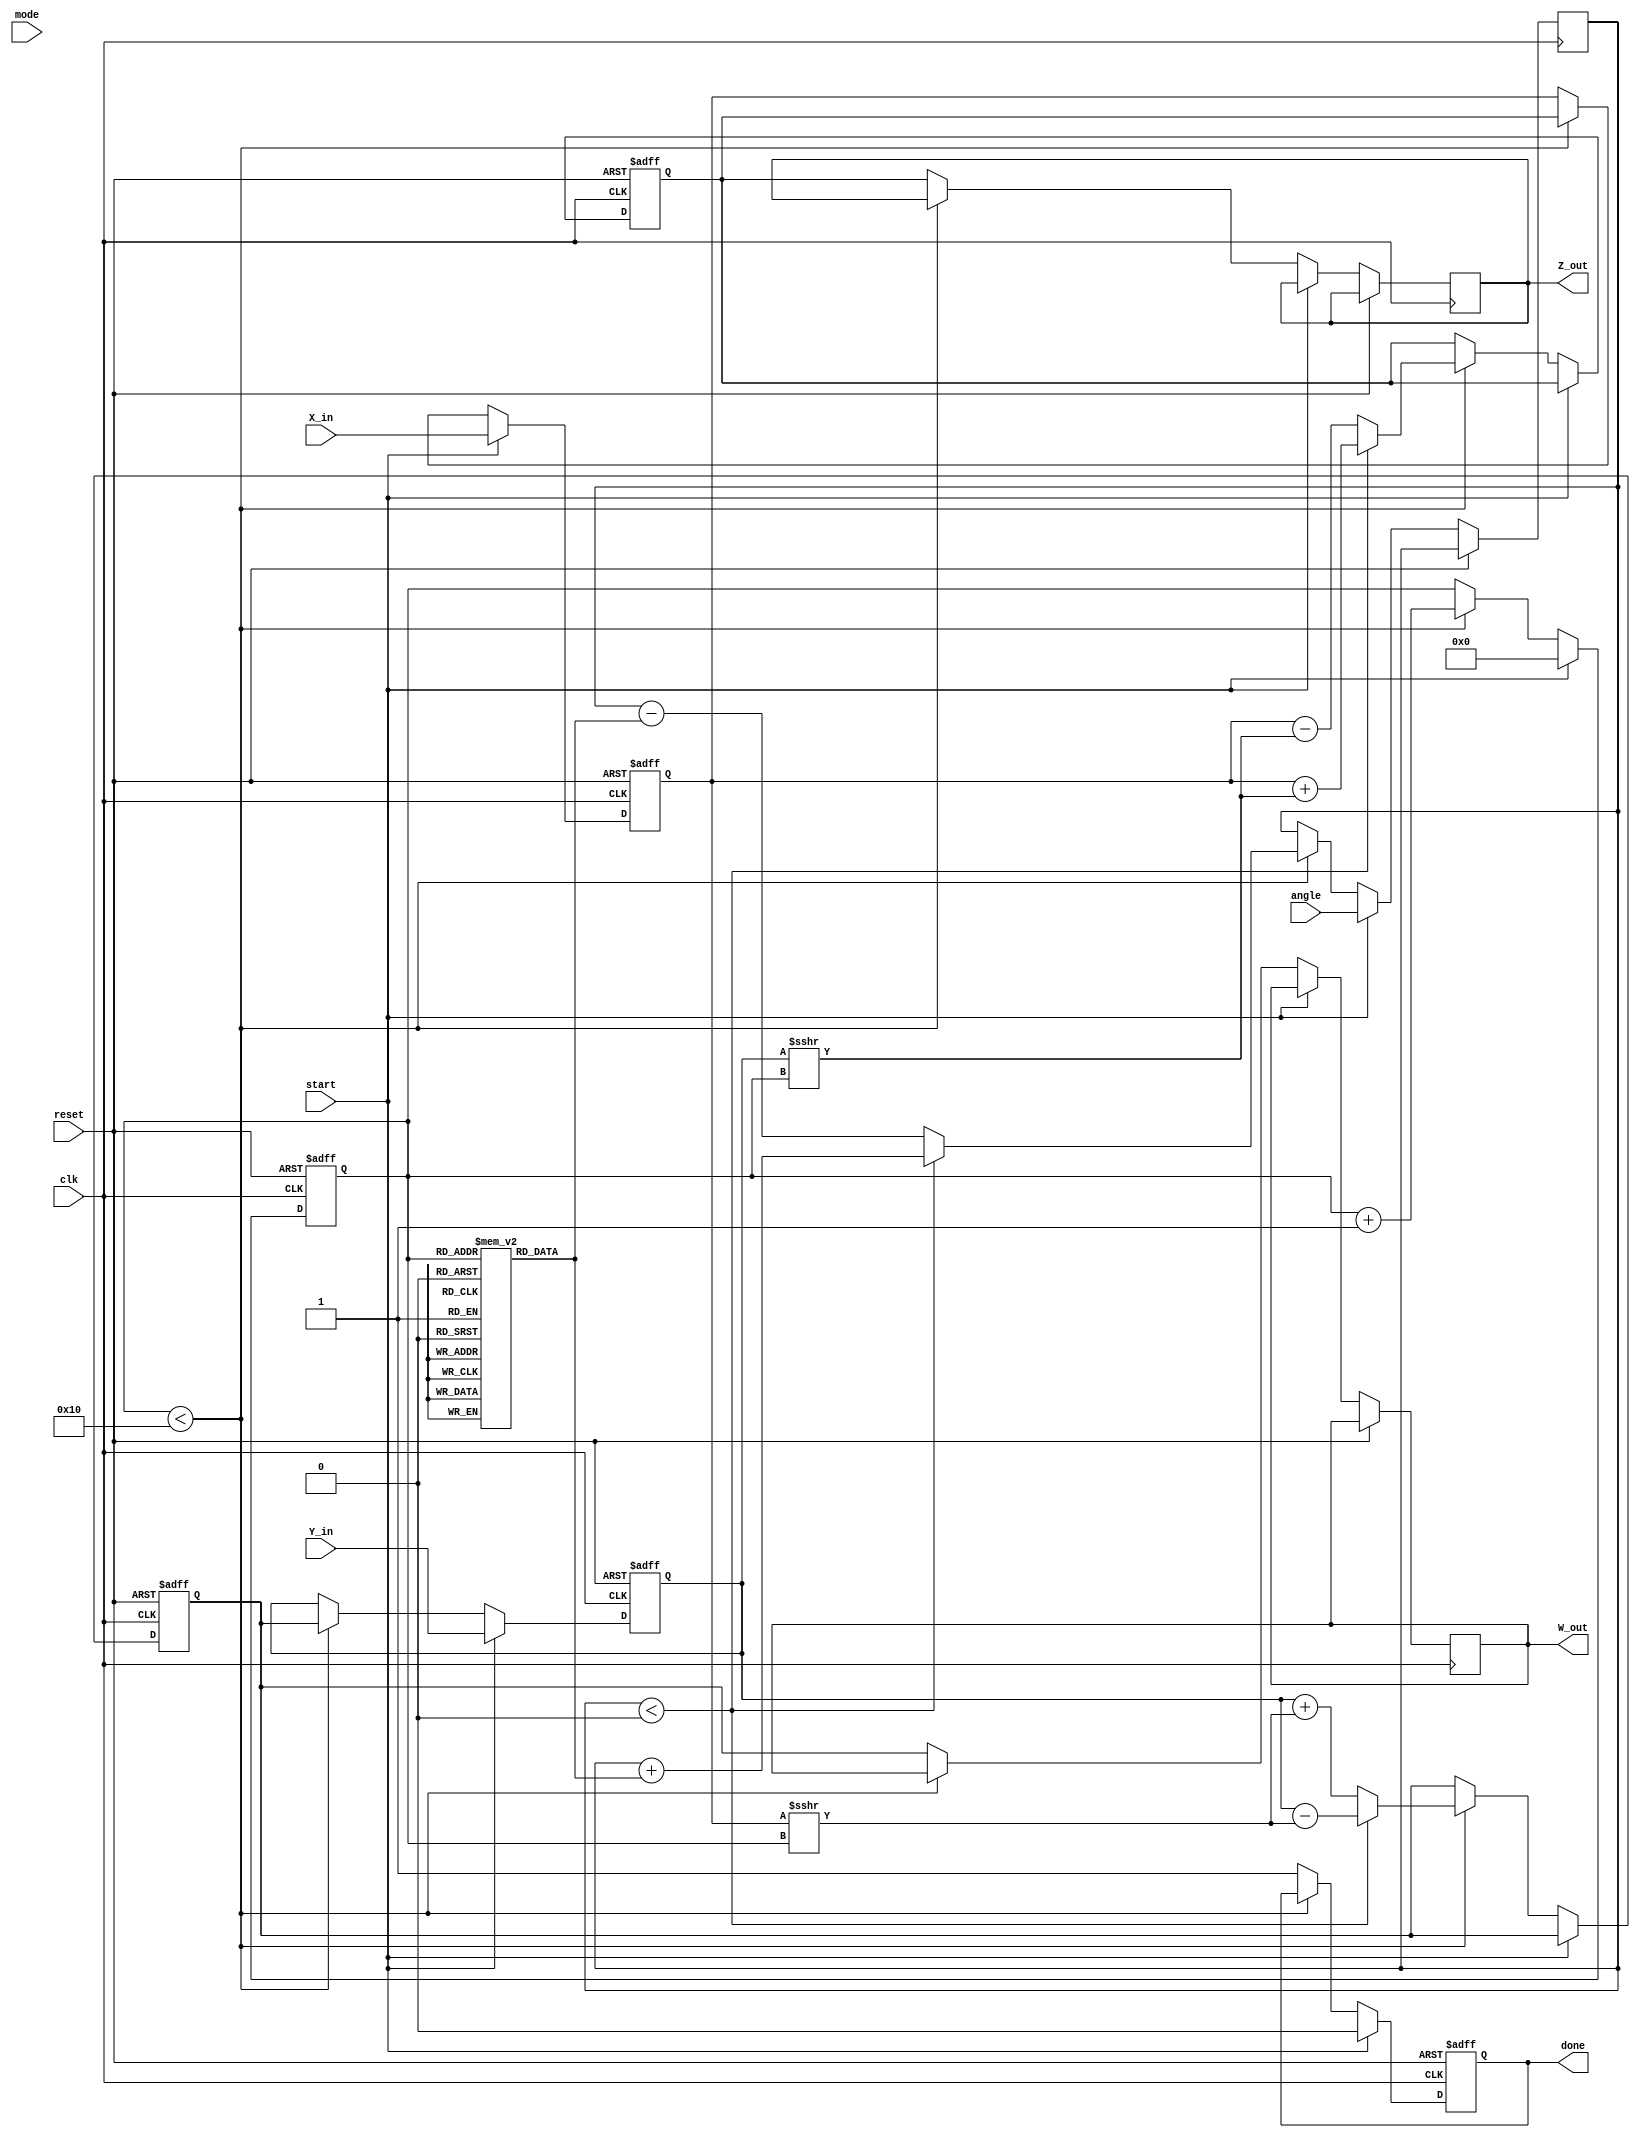
module complex_cordic (
    input wire clk,
    input wire reset,
    input wire start,
    input wire [15:0] X_in,      // Real input
    input wire [15:0] Y_in,      // Imaginary input
    input wire [15:0] angle,      // Angle input for rotation
    input wire mode,              // 0 for rotation, 1 for vectoring
    output reg [15:0] Z_out,      // Real output
    output reg [15:0] W_out,      // Imaginary output
    output reg done               // Operation complete flag
);

parameter MAX_ITER = 16;        // Number of iterations
reg [15:0] X, Y, Z, W;           // Internal registers
reg [3:0] iteration;             // Iteration counter
reg [15:0] angle_table [0:15];  // Angle lookup table
reg signed [15:0] angle_r;       // Current angle

// Initialize angle lookup table
initial begin
    angle_table[0] = 16'h26DD;  // atan(2^0)
    angle_table[1] = 16'h1C71;  // atan(2^-1)
    angle_table[2] = 16'h157B;  // atan(2^-2)
    angle_table[3] = 16'h0D9A;  // atan(2^-3)
    angle_table[4] = 16'h0A2D;  // atan(2^-4)
    angle_table[5] = 16'h0512;  // atan(2^-5)
    angle_table[6] = 16'h0285;  // atan(2^-6)
    angle_table[7] = 16'h0142;  // atan(2^-7)
    angle_table[8] = 16'h00A1;  // atan(2^-8)
    angle_table[9] = 16'h0051;  // atan(2^-9)
    angle_table[10] = 16'h0028; // atan(2^-10)
    angle_table[11] = 16'h0014; // atan(2^-11)
    angle_table[12] = 16'h000A; // atan(2^-12)
    angle_table[13] = 16'h0005; // atan(2^-13)
    angle_table[14] = 16'h0002; // atan(2^-14)
    angle_table[15] = 16'h0001; // atan(2^-15)
end

// CORDIC processing
always @(posedge clk or posedge reset) begin
    if (reset) begin
        X <= 0;
        Y <= 0;
        Z <= 0;
        W <= 0;
        done <= 0;
        iteration <= 0;
    end else if (start) begin
        // Initialize inputs
        X <= X_in;
        Y <= Y_in;
        angle_r <= angle;
        iteration <= 0;
        done <= 0;
    end else if (iteration < MAX_ITER) begin
        // CORDIC rotation algorithm
        if (angle_r < 0) begin
            // Rotate clockwise
            Z <= X + (Y >>> iteration);
            W <= Y - (X >>> iteration);
            angle_r <= angle_r + angle_table[iteration];
        end else begin
            // Rotate counter-clockwise
            Z <= X - (Y >>> iteration);
            W <= Y + (X >>> iteration);
            angle_r <= angle_r - angle_table[iteration];
        end
        // Update X and Y for the next iteration
        X <= Z;
        Y <= W;
        iteration <= iteration + 1;
    end else begin
        // Operation complete
        Z_out <= Z;
        W_out <= W;
        done <= 1;
    end
end

endmodule